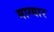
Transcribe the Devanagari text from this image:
माग्यार